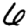
Digit: 6